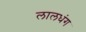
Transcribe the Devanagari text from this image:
लालधंग